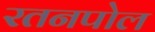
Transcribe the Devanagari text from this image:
रतनपोल